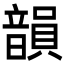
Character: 韻